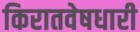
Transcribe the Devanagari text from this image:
किरातवेषधारी